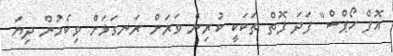
އޮފް ހޯޕްސް" ފަދަ ފޮތް ތަކަކީ ކުރިން ވަރަށް ރަނގަޅަށް ވިކެމުން ދިޔަ